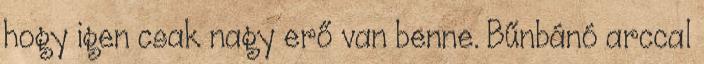
hogy igen csak nagy erő van benne. Bűnbánó arccal